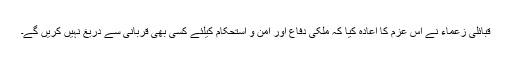
قبائلی زعماء نے اس عزم کا اعادہ کیا کہ ملکی دفاع اور امن و استحکام کیلئے کسی بھی قربانی سے دریغ نہیں کریں گے۔